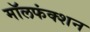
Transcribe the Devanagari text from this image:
मॉलफंक्शन